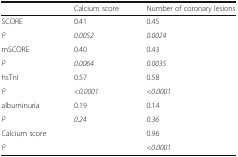
<table><thead><tr><td></td><td><b>Calcium score</b></td><td><b>Number of coronary lesions</b></td></tr></thead><tbody><tr><td>SCORE</td><td>0.41</td><td>0.45</td></tr><tr><td><i>P</i></td><td><i>0.0052</i></td><td><i>0.0024</i></td></tr><tr><td>mSCORE</td><td>0.40</td><td>0.43</td></tr><tr><td><i>P</i></td><td><i>0.0064</i></td><td><i>0.0035</i></td></tr><tr><td>hsTnI</td><td>0.57</td><td>0.58</td></tr><tr><td><i>P</i></td><td><i>&lt;0.0001</i></td><td><i>&lt;0.0001</i></td></tr><tr><td>albuminuria</td><td>0.19</td><td>0.14</td></tr><tr><td><i>P</i></td><td><i>0.24</i></td><td><i>0.36</i></td></tr><tr><td>Calcium score</td><td></td><td>0.96</td></tr><tr><td><i>P</i></td><td></td><td><i>&lt;0.0001</i></td></tr></tbody></table>